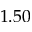
1 . 5 0